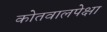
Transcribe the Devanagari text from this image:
कोतवालपेक्षा